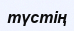
түстің